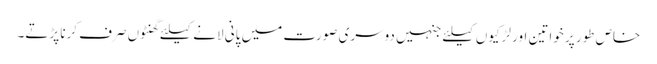
خاص طور پر خواتین اور لڑکیوں کیلئے جنہیں دوسری صورت میں پانی لانے کیلئے گھنٹوں صرف کرنا پڑتے۔